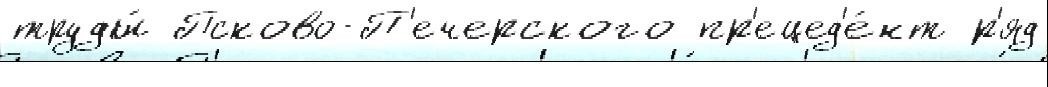
труды́ Псково-П'ечерского пр'ецед'е́нт р'яд